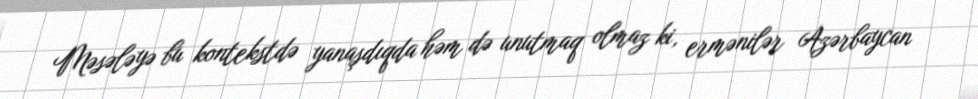
Məsələyə bu kontekstdə yanaşdıqda həm də unutmaq olmaz ki, ermənilər Azərbaycan